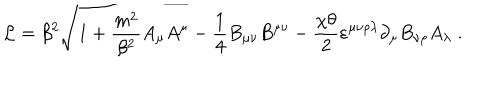
\mathcal { L } = \beta ^ { 2 } \sqrt { 1 + \frac { m ^ { 2 } } { \beta ^ { 2 } } A _ { \mu } A ^ { \mu } } - \frac { 1 } { 4 } B _ { \mu \nu } B ^ { \mu \nu } - \frac { \chi \theta } { 2 } \varepsilon ^ { \mu \nu \rho \lambda } \partial _ { \mu } B _ { \nu \rho } A _ { \lambda } \; .